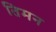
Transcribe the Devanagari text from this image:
तिमन